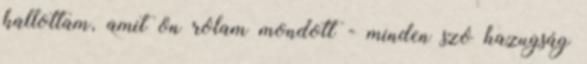
hallottam, amit ön rólam mondott - minden szó hazugság